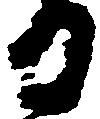
日